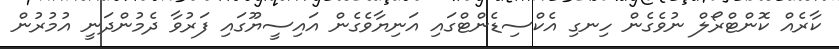
ކާރެއް ކޮންޓްރޯލް ނުވެގެން ހިނގި އެކްސިޑެންޓްގައި އަނިޔާވެގެން އައިސީޔޫގައި ފަރުވާ ދެމުންދަނީ އުމުރުން